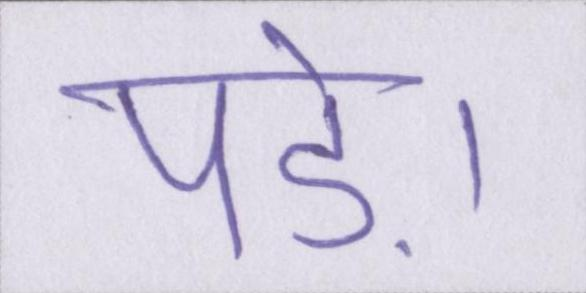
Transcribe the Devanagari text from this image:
पड़े।